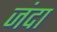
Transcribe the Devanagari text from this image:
जंदा